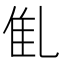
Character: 𠃲